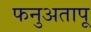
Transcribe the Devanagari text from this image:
फनुअतापू